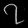
Digit: ၇